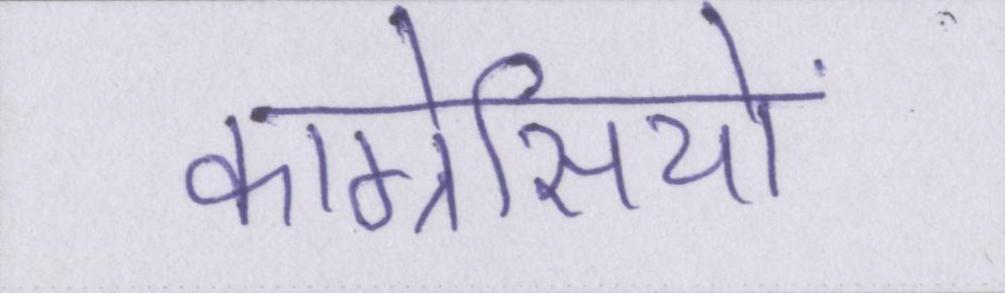
कांग्रेसियों